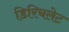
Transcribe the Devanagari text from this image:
डिरिचलेट